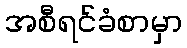
အစီရင်ခံစာမှာ